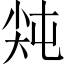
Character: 𡭻